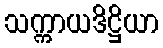
သက္ကာယဒိဋ္ဌိယာ